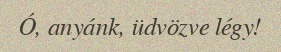
Ó, anyánk, üdvözve légy!